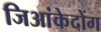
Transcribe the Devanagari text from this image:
जिआंकेदोंग